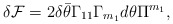
\begin{align*}\delta {\cal F} = 2 \delta \bar\theta \Gamma_{11} \Gamma_{m_{1}} d \theta \Pi^{m_{1}},\end{align*}